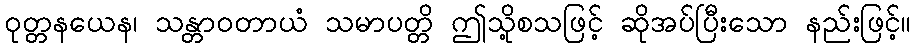
ဝုတ္တနယေန၊ သန္တာဝတာယံ သမာပတ္တိ ဤသို့စသဖြင့် ဆိုအပ်ပြီးသော နည်းဖြင့်။